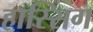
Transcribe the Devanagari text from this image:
हास्सिग